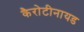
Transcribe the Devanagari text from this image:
कैरोटीनायड